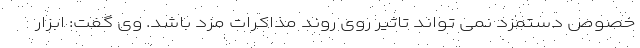
خصوص دستمزد نمی تواند تاثیر روی روند مذاکرات مزد باشد. وی گفت: ابزار